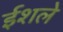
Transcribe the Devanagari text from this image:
ईशले